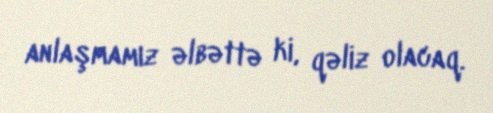
anlaşmamız əlbəttə ki, qəliz olacaq.